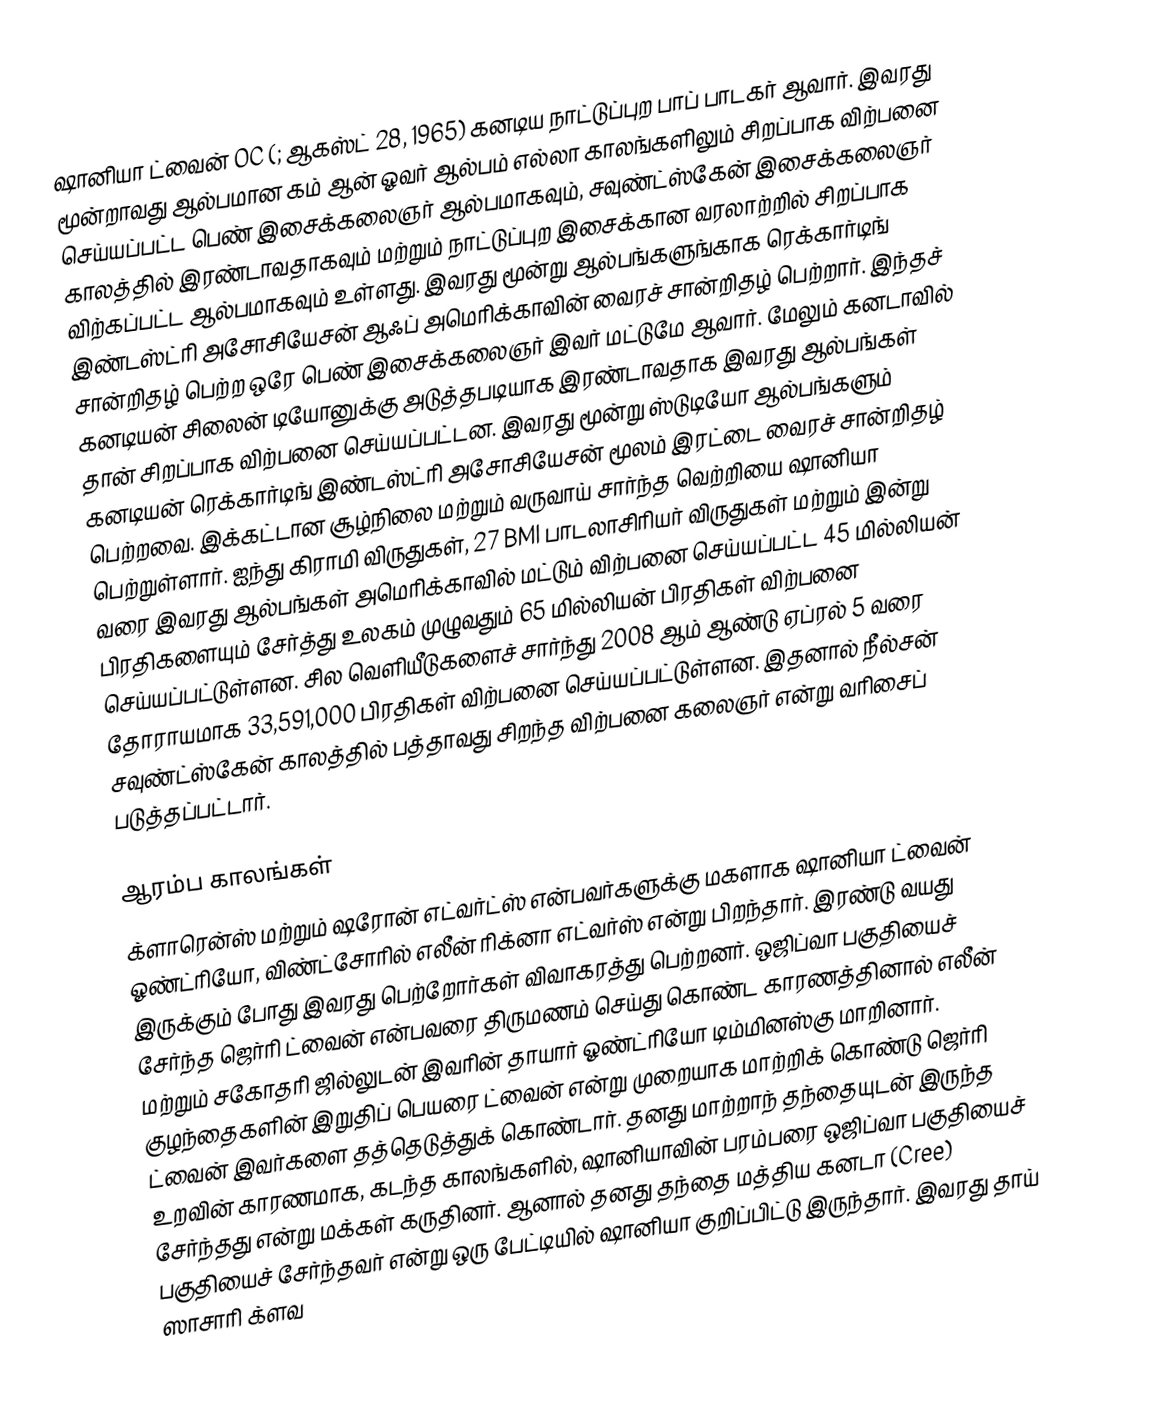
ஷானியா ட்வைன் OC (; ஆகஸ்ட் 28, 1965) கனடிய நாட்டுப்புற பாப் பாடகர் ஆவார். இவரது மூன்றாவது ஆல்பமான கம் ஆன் ஓவர் ஆல்பம் எல்லா காலங்களிலும் சிறப்பாக விற்பனை செய்யப்பட்ட பெண் இசைக்கலைஞர் ஆல்பமாகவும், சவுண்ட்ஸ்கேன் இசைக்கலைஞர் காலத்தில் இரண்டாவதாகவும் மற்றும் நாட்டுப்புற இசைக்கான வரலாற்றில் சிறப்பாக விற்கப்பட்ட ஆல்பமாகவும் உள்ளது. இவரது மூன்று ஆல்பங்களுங்காக ரெக்கார்டிங் இண்டஸ்ட்ரி அசோசியேசன் ஆஃப் அமெரிக்காவின் வைரச் சான்றிதழ் பெற்றார். இந்தச் சான்றிதழ் பெற்ற ஒரே பெண் இசைக்கலைஞர் இவர் மட்டுமே ஆவார். மேலும் கனடாவில் கனடியன் சிலைன் டியோனுக்கு அடுத்தபடியாக இரண்டாவதாக இவரது ஆல்பங்கள் தான் சிறப்பாக விற்பனை செய்யப்பட்டன. இவரது மூன்று ஸ்டுடியோ ஆல்பங்களும் கனடியன் ரெக்கார்டிங் இண்டஸ்ட்ரி அசோசியேசன் மூலம் இரட்டை வைரச் சான்றிதழ் பெற்றவை. இக்கட்டான சூழ்நிலை மற்றும் வருவாய் சார்ந்த வெற்றியை ஷானியா பெற்றுள்ளார். ஐந்து கிராமி விருதுகள், 27 BMI பாடலாசிரியர் விருதுகள் மற்றும் இன்று வரை இவரது ஆல்பங்கள் அமெரிக்காவில் மட்டும் விற்பனை செய்யப்பட்ட 45 மில்லியன் பிரதிகளையும் சேர்த்து உலகம் முழுவதும் 65 மில்லியன் பிரதிகள் விற்பனை செய்யப்பட்டுள்ளன. சில வெளியீடுகளைச் சார்ந்து 2008 ஆம் ஆண்டு ஏப்ரல் 5 வரை தோராயமாக 33,591,000 பிரதிகள் விற்பனை செய்யப்பட்டுள்ளன. இதனால் நீல்சன் சவுண்ட்ஸ்கேன் காலத்தில் பத்தாவது சிறந்த விற்பனை கலைஞர் என்று வரிசைப் படுத்தப்பட்டார்.

ஆரம்ப காலங்கள்
க்ளாரென்ஸ் மற்றும் ஷரோன் எட்வர்ட்ஸ் என்பவர்களுக்கு மகளாக ஷானியா ட்வைன் ஓண்ட்ரியோ, விண்ட்சோரில் எலீன் ரிக்னா எட்வர்ஸ் என்று பிறந்தார். இரண்டு வயது இருக்கும் போது இவரது பெற்றோர்கள் விவாகரத்து பெற்றனர். ஒஜிப்வா பகுதியைச் சேர்ந்த ஜெர்ரி ட்வைன் என்பவரை திருமணம் செய்து கொண்ட காரணத்தினால் எலீன் மற்றும் சகோதரி ஜில்லுடன் இவரின் தாயார் ஓண்ட்ரியோ டிம்மினஸ்கு மாறினார். குழந்தைகளின் இறுதிப் பெயரை ட்வைன் என்று முறையாக மாற்றிக் கொண்டு ஜெர்ரி ட்வைன் இவர்களை தத்தெடுத்துக் கொண்டார். தனது மாற்றாந் தந்தையுடன் இருந்த உறவின் காரணமாக, கடந்த காலங்களில், ஷானியாவின் பரம்பரை ஒஜிப்வா பகுதியைச் சேர்ந்தது என்று மக்கள் கருதினர். ஆனால் தனது தந்தை மத்திய கனடா (Cree) பகுதியைச் சேர்ந்தவர் என்று ஒரு பேட்டியில் ஷானியா குறிப்பிட்டு இருந்தார். இவரது தாய் ஸாசாரி க்ளவ